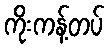
ကိုးကန့်တပ်